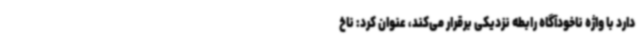
دارد با واژه ناخودآگاه رابطه نزدیکی برقرار می‌کند، عنوان کرد: ناخ